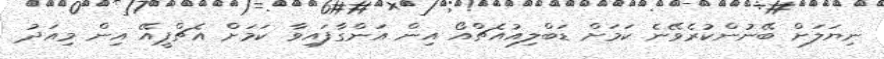
ނިޔަލަށް ބޭނުންކުރެވޭނެ ކަމަށް ޑަބްލިއުއެޗްއޯ އިން އަންގާފައިވާ ކަމަށް އެޗްޕީއޭ އިން މިއަދު